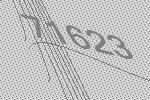
71623